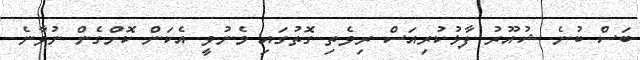
ބަސް ބުނެ ޝުއޫރު ފާޅުކުރިއަސް ރިވެތި ގޮތުގައި މެނުވީ އެކަން ކޮށްގެން ނުވާނެ